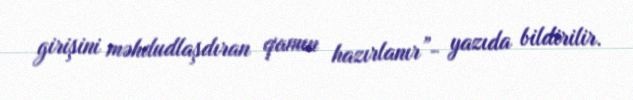
girişini məhdudlaşdıran qanun hazırlanır”- yazıda bildirilir.